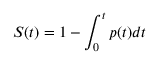
S ( t ) = 1 - \int _ { 0 } ^ { t } p ( t ) d t